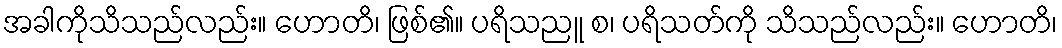
အခါကိုသိသည်လည်း။ ဟောတိ၊ ဖြစ်၏။ ပရိသညူ စ၊ ပရိသတ်ကို သိသည်လည်း။ ဟောတိ၊